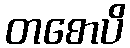
တစောပိ